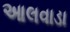
આલવાડા